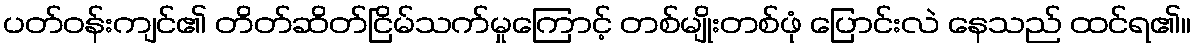
ပတ်ဝန်းကျင်၏ တိတ်ဆိတ်ငြိမ်သက်မှုကြောင့် တစ်မျိုးတစ်ဖုံ ပြောင်းလဲ နေသည် ထင်ရ၏။